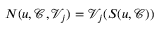
N ( u , \mathcal { C } , \mathcal { V } _ { j } ) = \mathcal { V } _ { j } ( S ( u , \mathcal { C } ) )